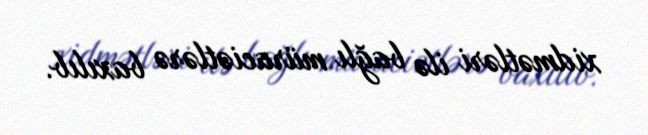
xidmətləri ilə bağlı müraciətlərə baxılıb.